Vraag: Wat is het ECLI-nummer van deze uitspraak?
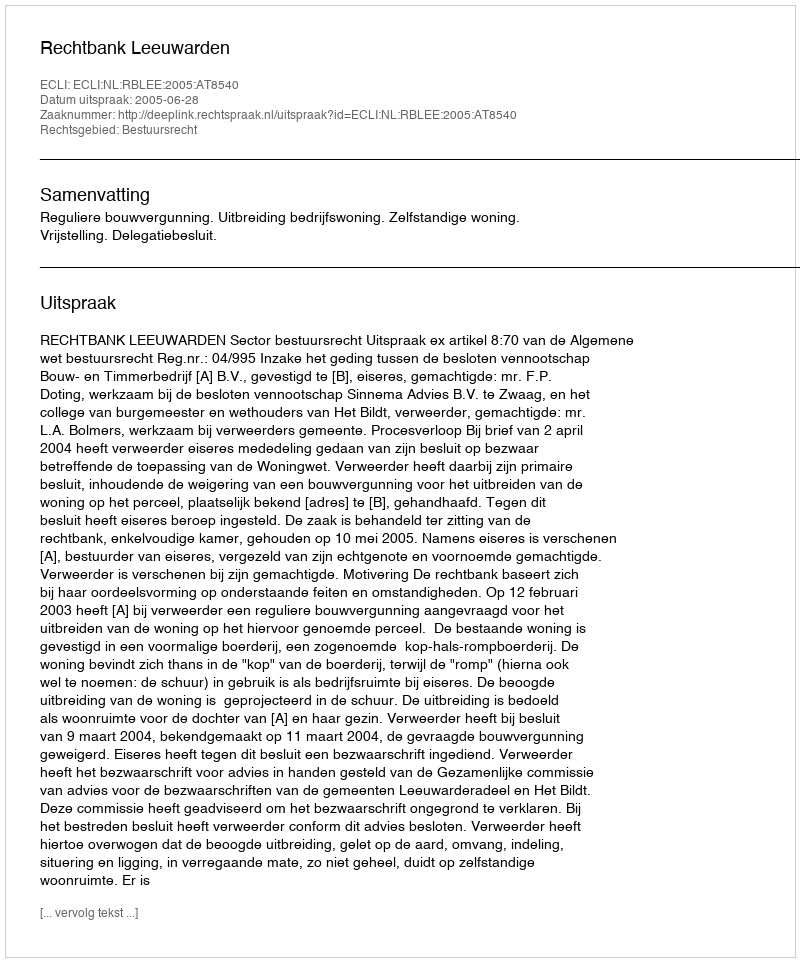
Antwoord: ECLI:NL:RBLEE:2005:AT8540